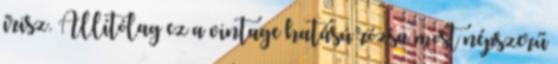
írisz. Állítólag ez a vintage hatású rózsa most népszerű